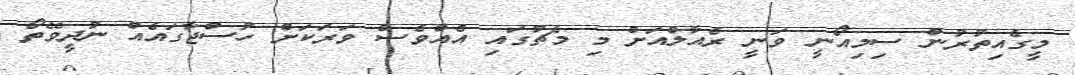
މީގެއިތުރުން ސިމިއޯނީ ވަނީ ރެއާލްއަށް މި މެޗުގައި އެއްވެސް ވަރަކަށް ހުސްޖާގައެއް ނުދީވޭތޯ